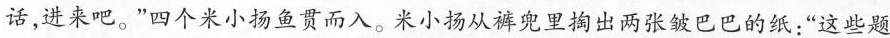
话，进来吧。”四个米小扬鱼贯而入。米小扬从裤兜里掏出两张皱巴巴的纸:“这些题